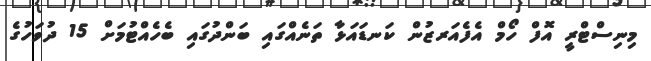
މިނިސްޓްރީ އޮފް ހޯމް އެފެއަރޒުން ކަނޑައަޅާ ތަނެއްގައި ބަންދުގައި ބެހެއްޓުމަށް 15 ދުވަހުގެ